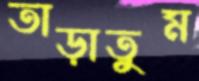
তাড়াতুম